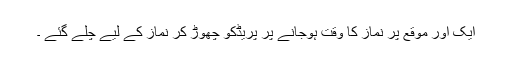
ایک اور موقع پر نماز کا وقت ہوجانے پر پریڈکو چھوڑ کر نماز کے لیے چلے گئے ۔